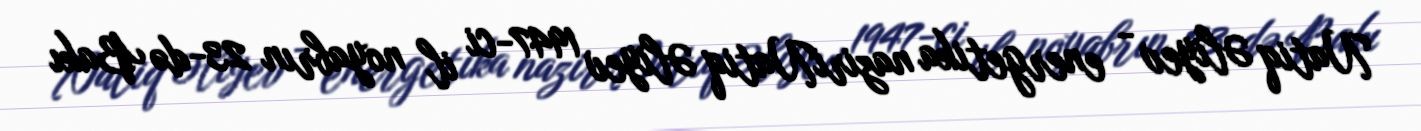
Natiq Əliyev - energetika naziriNatiq Əliyev 1947-ci il noyabrın 23-də Bakı